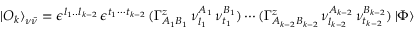
{ \vert O _ { k } \rangle } _ { \nu \bar { \nu } } = \epsilon ^ { l _ { 1 } . . l _ { k - 2 } } \, \epsilon ^ { t _ { 1 } \cdots t _ { k - 2 } } \, ( \Gamma _ { A _ { 1 } B _ { 1 } } ^ { z } \, \nu _ { l _ { 1 } } ^ { A _ { 1 } } \, \nu _ { t _ { 1 } } ^ { B _ { 1 } } ) \cdots ( \Gamma _ { A _ { k - 2 } B _ { k - 2 } } ^ { z } \, \nu _ { l _ { k - 2 } } ^ { A _ { k - 2 } } \, \nu _ { t _ { k - 2 } } ^ { B _ { k - 2 } } ) \, \vert \Phi \rangle